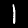
Label: 1